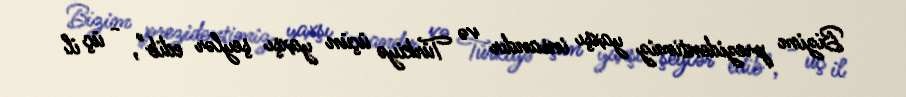
Bizim prezidentimiz yaxşı insandır və Türkiyə üçün yaxşı şeylər edib", - üç il